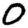
Digit: 0